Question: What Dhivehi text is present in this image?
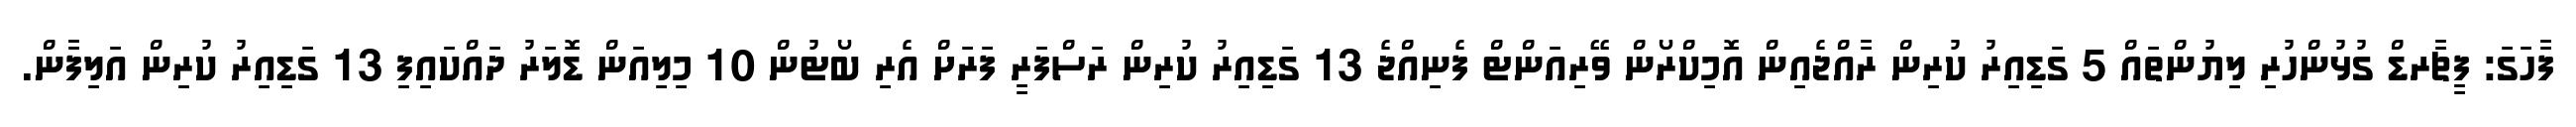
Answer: ފާހަގަ: ފީޗާރޑް ގުޅުންހުރި ލިޔުންތައް 5 ގަޑިއިރު ކުރިން ރާއްޖެއިން އޮމިކްރޯން ވޭރިއަންޓް ފެނިއްޖެ 13 ގަޑިއިރު ކުރިން ރަސްފަރީ ފަރަށް އެރި ބޯޓުން 10 މިލިއަން ޑޮލަރު ދައްކައިފި 13 ގަޑިއިރު ކުރިން އަލިފާން.